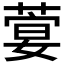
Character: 𦶳